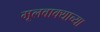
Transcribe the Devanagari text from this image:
मूलवाक्याच्या